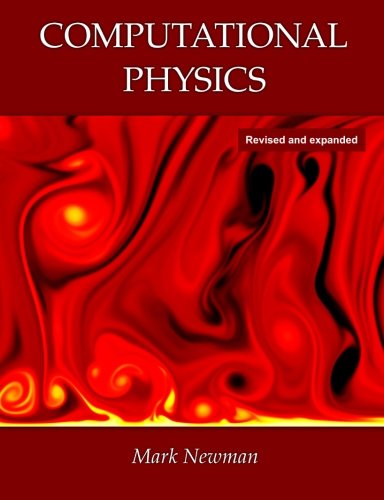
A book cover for Computational Physics; Mark Newman; Science & Math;